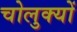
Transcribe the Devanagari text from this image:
चोलुक्यों